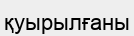
қуырылғаны